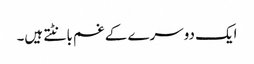
ایک دوسرے کے غم بانٹتے ہیں۔